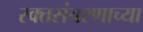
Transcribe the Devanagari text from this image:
रक्तसंचरणाच्या